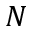
N